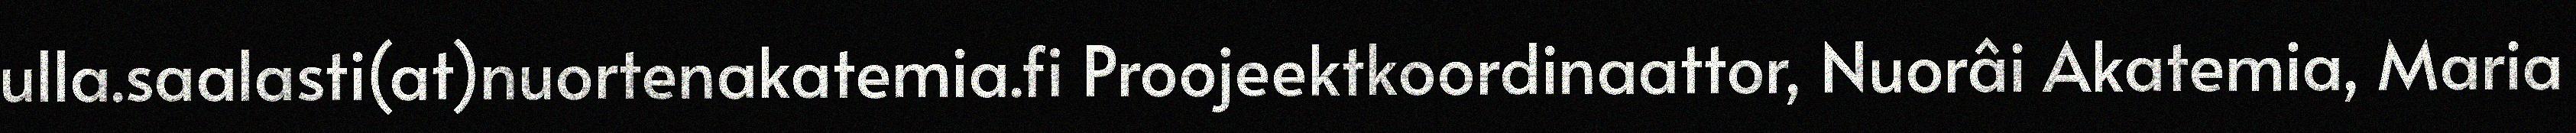
ulla.saalasti(at)nuortenakatemia.fi Proojeektkoordinaattor, Nuorâi Akatemia, Maria